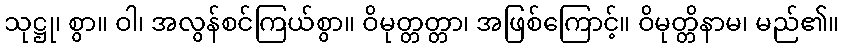
သုဋ္ဌု၊ စွာ။ ဝါ၊ အလွန်စင်ကြယ်စွာ။ ဝိမုတ္တတ္တာ၊ အဖြစ်ကြောင့်။ ဝိမုတ္တိနာမ၊ မည်၏။